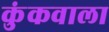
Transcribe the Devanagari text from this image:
कुंकवाला